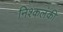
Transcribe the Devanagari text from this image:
निश्कलंकी